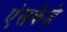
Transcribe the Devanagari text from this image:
एंसकेडे